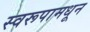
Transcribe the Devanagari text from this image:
स्वरूपामधून